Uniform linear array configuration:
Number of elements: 48
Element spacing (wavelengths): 0.25
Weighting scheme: hann
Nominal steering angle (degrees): -30
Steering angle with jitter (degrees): -30.233
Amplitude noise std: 0.05
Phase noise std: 0.05

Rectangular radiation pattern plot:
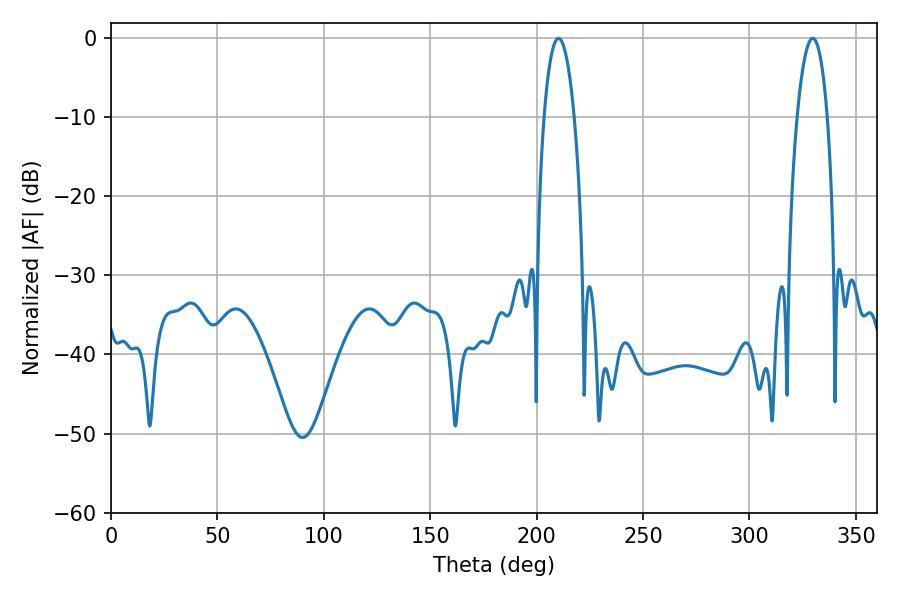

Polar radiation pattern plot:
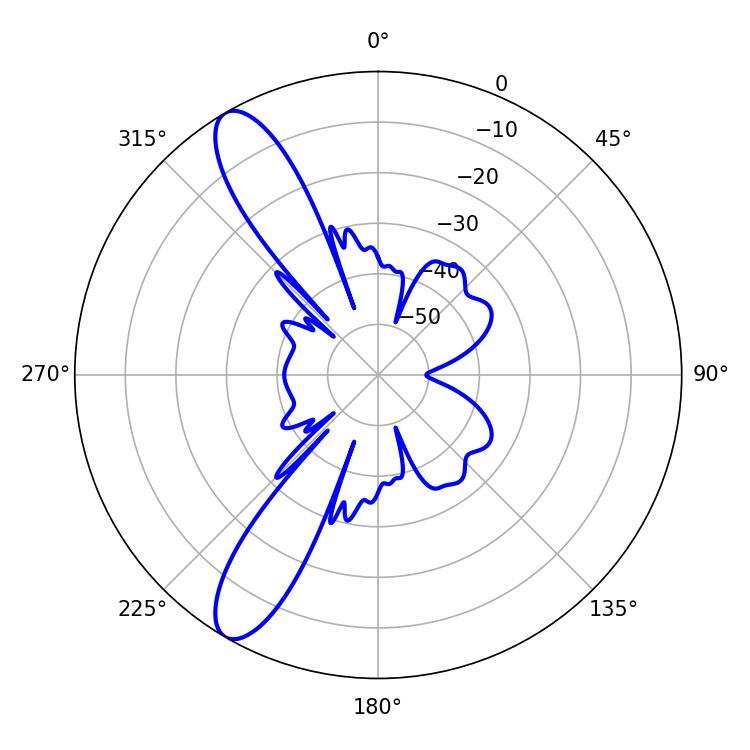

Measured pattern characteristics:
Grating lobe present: FALSE
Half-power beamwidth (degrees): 7.92
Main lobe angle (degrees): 210.24